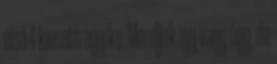
első 4 kiesett egyike. Mondjuk így vagy úgy, de